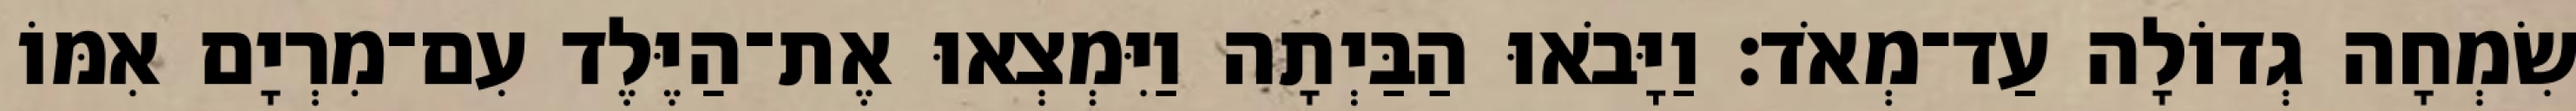
שִׂמְחָה גְדוֹלָה עַד־מְאֹד׃ וַיָּבֹאוּ הַבַּיְתָה וַיִּמְצְאוּ אֶת־הַיֶּלֶד עִם־מִרְיָם אִמּוֹ